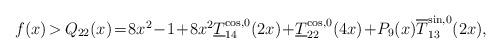
LaTeX: \begin{align*}\begin{array}{rcl}f(x)\!\!&\!\!>\!\!&\!\!Q_{22}(x)\!=\!8x^2\!-\!1\!+\!8x^2 \underline T_{14}^{\cos ,0}(2x)\!+\! \underline T_{22}^{\cos ,0}(4x)\!+\!P_9(x) \overline T_{13}^{\sin ,0}(2x),\end{array}\end{align*}